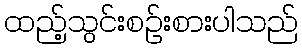
ထည့်သွင်းစဉ်းစားပါသည်